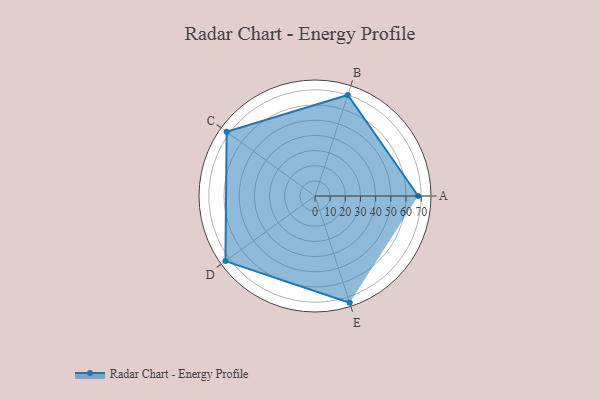
{"axis": {"x": "Skill", "y": "Score"}, "legend": ["Profile"], "data": [{"x": "A", "y": 68.0, "type": "Profile"}, {"x": "B", "y": 70.0, "type": "Profile"}, {"x": "C", "y": 72.0, "type": "Profile"}, {"x": "D", "y": 73.0, "type": "Profile"}, {"x": "E", "y": 74.0, "type": "Profile"}]}